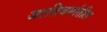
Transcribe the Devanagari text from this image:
जातिवर्गातील